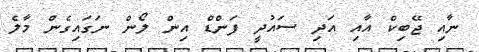
ނާއި ޖޭބިކް އާއި އަދި ސައުދީ ފަންޑް އިން ލޯން ނަގައިގެން މާލެ